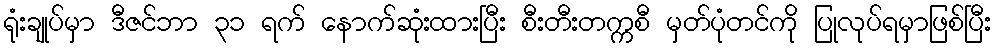
ရုံးချုပ်မှာ ဒီဇင်ဘာ ၃၁ ရက် နောက်ဆုံးထားပြီး စီးတီးတက္ကစီ မှတ်ပုံတင်ကို ပြုလုပ်ရမှာဖြစ်ပြီး